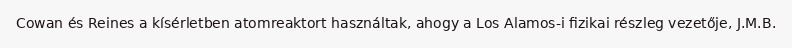
Cowan és Reines a kísérletben atomreaktort használtak, ahogy a Los Alamos-i fizikai részleg vezetője, J.M.B.